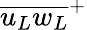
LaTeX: {\overline{{{u_{L}}{w_{L}}}}}^{+}